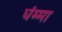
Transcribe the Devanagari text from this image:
धंम्मा